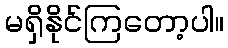
မရှိနိုင်ကြတော့ပါ။